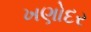
ખણોદર